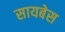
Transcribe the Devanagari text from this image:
सायबेस